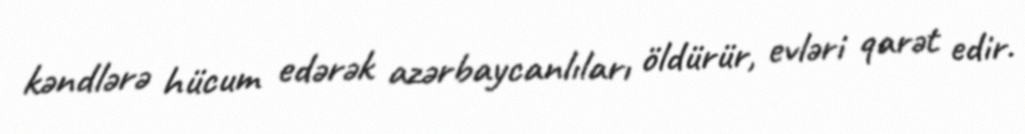
kəndlərə hücum edərək azərbaycanlıları öldürür, evləri qarət edir.